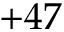
+ 4 7